18_100754_ General 1946-7_Vol_2
Agency: Department of War
Incident date: 12/30/47
Page 24
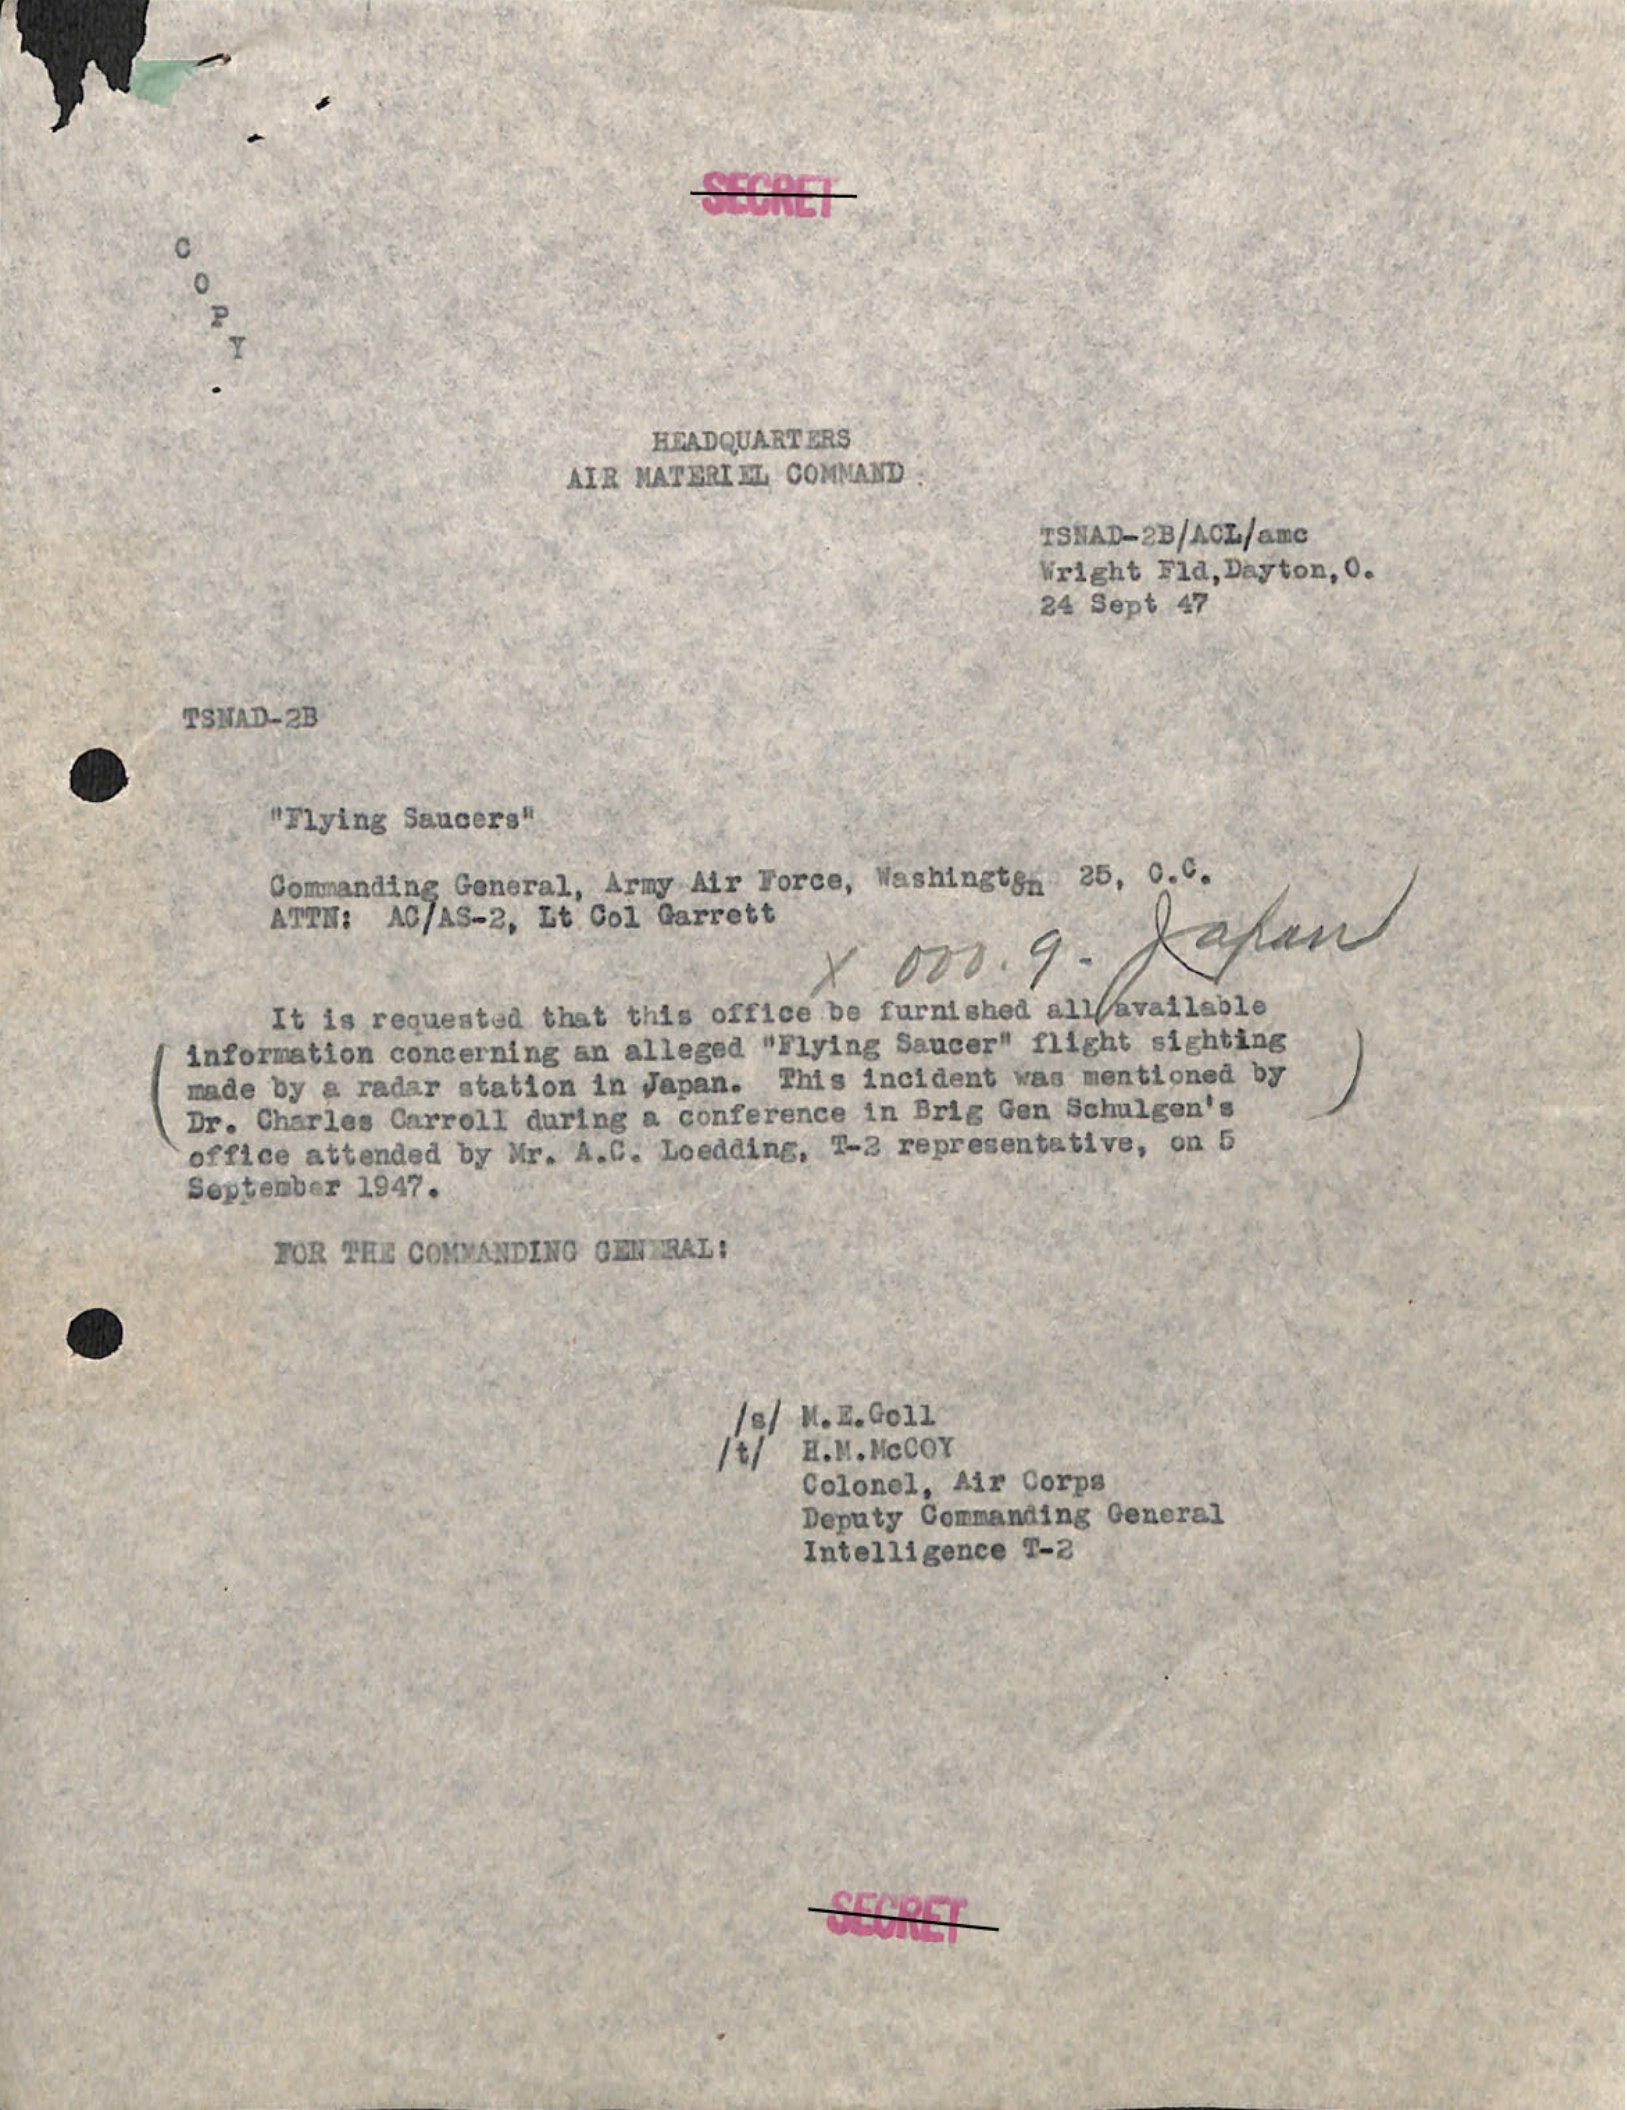